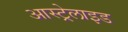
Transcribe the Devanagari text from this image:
आस्ट्रेलाइड